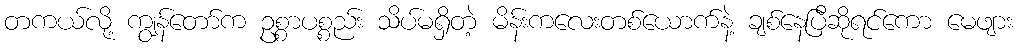
တကယ်လို့ ကျွန်တော်က ဥစ္စာပစ္စည်း သိပ်မရှိတဲ့ မိန်းကလေးတစ်ယောက်နဲ့ ချစ်နေပြီဆိုရင်ကော မေဖျား